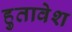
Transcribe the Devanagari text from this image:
हुतावेश